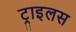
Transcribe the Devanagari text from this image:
ट्राइलस